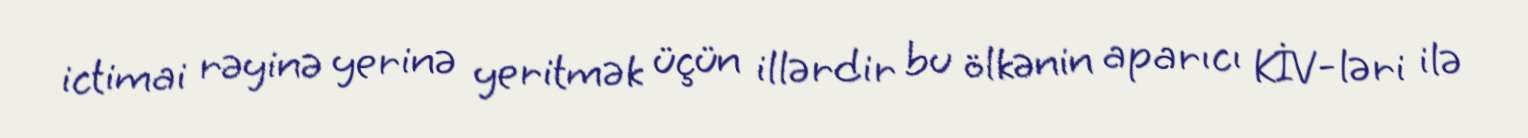
ictimai rəyinə yerinə yeritmək üçün illərdir bu ölkənin aparıcı KİV-ləri ilə